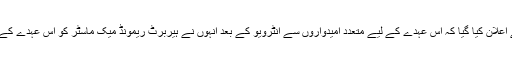
ٹرمپ کی طرف سے اعلان کیا گیا کہ اس عہدے کے لیے متعدد امیدواروں سے انٹرویو کے بعد انہوں نے ہیربرٹ ریمونڈ میک ماسٹر کو اس عہدے کے لیے منتخب کیا ہے۔